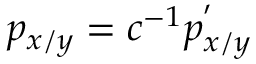
p _ { x / y } = c ^ { - 1 } p _ { x / y } ^ { ' }